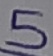
Text: 5